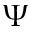
\Psi